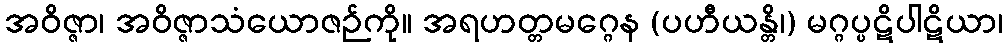
အဝိဇ္ဇာ၊ အဝိဇ္ဇာသံယောဇဉ်ကို။ အရဟတ္တမဂ္ဂေန (ပဟီယန္တိ၊) မဂ္ဂပ္ပဋိပါဋိယာ၊